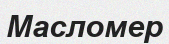
Масломер